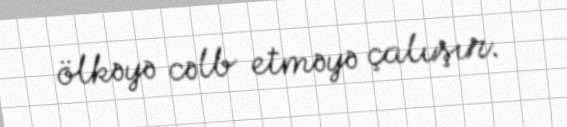
ölkəyə cəlb etməyə çalışır.